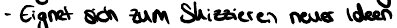
- Eignet sich zum Skizzieren neuer Ideen